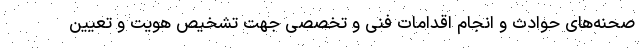
صحنه‌های حوادث و انجام اقدامات فنی و تخصصی جهت تشخیص هویت و تعیین